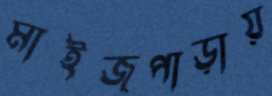
মাইজপাড়ায়